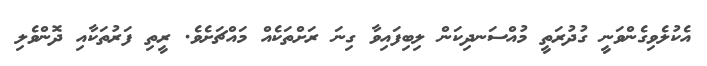
އެކުލެވިގެންވަނީ ގުދުރަތީ މުއްސަނދިކަން ލިބިފައިވާ ގިނަ ރަށްތަކެއް މައްޗަށެވެ. ރީތި ފަރުތަކާއި ދޮންވެލި